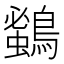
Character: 𪄰